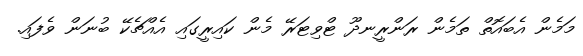
މަމެން އެބައޮތް ތަމެން ރަންރީނދޫ ޓްވިޓަރޭ މެން ކައިރީގައި އެއްޗެކޭ ބުނަން ވެފައި.